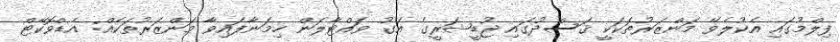
ފިލްމުގައި އެކުލެވޭ މަންޒަރުތަކަކީ ޤަސްދުގައި ޖުޑީޝަރީގެ އަގު ވައްޓާލަން ހިމަނާފައިވާ މަންޒަރުތަކެއް: އެޑްވޮކޭޓް